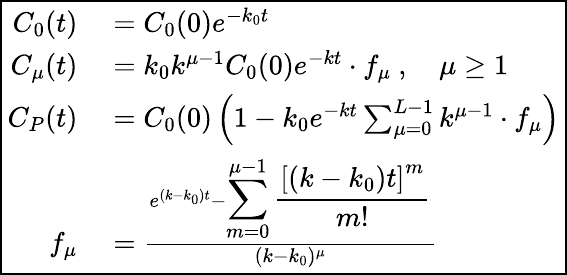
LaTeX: \boxed{\begin{array}{rl}{C_{0}(t)}&{{}=C_{0}(0)e^{-k_{0}t}}\\ {C_{\mu}(t)}&{{}=k_{0}k^{\mu-1}C_{0}(0)e^{-kt}\cdot f_{\mu}\ ,\quad\mu\geq 1}\\ {C_{P}(t)}&{{}=C_{0}(0)\left(1-k_{0}e^{-kt}\sum_{\mu=0}^{L-1}k^{\mu-1}\cdot f_{\mu}\right)}\\ {f_{\mu}}&{{}=\frac{e^{(k-k_{0})t}-{\displaystyle\sum_{m=0}^{\mu-1}\frac{\left[(k-k_{0})t\right]^{m}}{m!}}}{(k-k_{0})^{\mu}}}\end{array}}